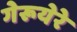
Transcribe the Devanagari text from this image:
गेरूयेरे